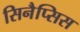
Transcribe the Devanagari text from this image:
सिनैप्सिस